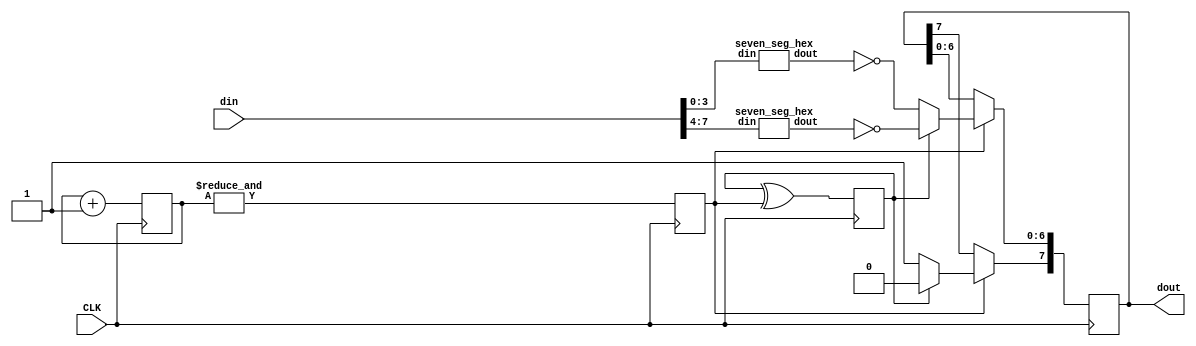
// From https://github.com/icebreaker-fpga/icebreaker-workshop
// Seven segment controller
// Switches quickly between the two parts of the display
// to create the illusion of both halves being illuminated
// at the same time.
module seven_seg_ctrl (
    input CLK,
    input [7:0] din,
    output reg [7:0] dout
);
    wire [6:0] lsb_digit;
    wire [6:0] msb_digit;

    seven_seg_hex msb_nibble (
        .din(din[7:4]),
        .dout(msb_digit)
    );

    seven_seg_hex lsb_nibble (
        .din(din[3:0]),
        .dout(lsb_digit)
    );

    reg [9:0] clkdiv = 0;
    reg clkdiv_pulse = 0;
    reg msb_not_lsb = 0;

    always @(posedge CLK) begin
        clkdiv <= clkdiv + 1;
        clkdiv_pulse <= &clkdiv;
        msb_not_lsb <= msb_not_lsb ^ clkdiv_pulse;

        if (clkdiv_pulse) begin
            if (msb_not_lsb) begin
                dout[6:0] <= ~msb_digit;
                dout[7] <= 0;
            end else begin
                dout[6:0] <= ~lsb_digit;
                dout[7] <= 1;
            end
        end
    end
endmodule

// From https://github.com/icebreaker-fpga/icebreaker-workshop
// Convert 4bit numbers to 7 segments
module seven_seg_hex (
    input [3:0] din,
    output reg [6:0] dout
);
    always @*
        case (din)
            4'h0: dout = 7'b 0111111;
            4'h1: dout = 7'b 0000110;
            4'h2: dout = 7'b 1011011;
            4'h3: dout = 7'b 1001111;
            4'h4: dout = 7'b 1100110;
            4'h5: dout = 7'b 1101101;
            4'h6: dout = 7'b 1111101;
            4'h7: dout = 7'b 0000111;
            4'h8: dout = 7'b 1111111;
            4'h9: dout = 7'b 1101111;
            4'hA: dout = 7'b 1110111;
            4'hB: dout = 7'b 1111100;
            4'hC: dout = 7'b 0111001;
            4'hD: dout = 7'b 1011110;
            4'hE: dout = 7'b 1111001;
            4'hF: dout = 7'b 1110001;
            default: dout = 7'b 1000000;
        endcase
endmodule